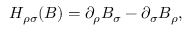
H _ { \rho \sigma } ( B ) = \partial _ { \rho } B _ { \sigma } - \partial _ { \sigma } B _ { \rho } ,